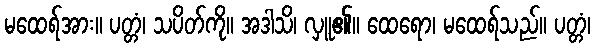
မထေရ်အား။ ပတ္တံ၊ သပိတ်ကို။ အဒါသိ၊ လှူ၏။ ထေရော၊ မထေရ်သည်။ ပတ္တံ၊